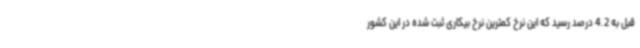
قبل به 4.2 درصد رسید که این نرخ کمترین نرخ بیکاری ثبت شده در این کشور